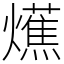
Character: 爑